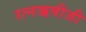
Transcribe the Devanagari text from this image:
रत्नऋषीजी